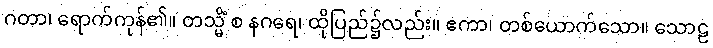
ဂတာ၊ ရောက်ကုန်၏။ တသ္မိံ စ နဂရေ၊ ထိုပြည်၌လည်း။ ဧကာ၊ တစ်ယောက်သော။ သောဠ